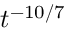
t ^ { - 1 0 / 7 }